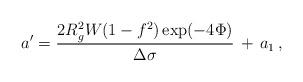
LaTeX: \begin{align*}a' = \frac{2 R^2_g W (1-f^2) \exp(-4\Phi)}{\Delta \sigma} \, + \, a_1\,,\end{align*}